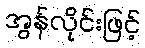
အွန်လိုင်းဖြင့်